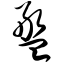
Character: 盘